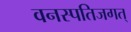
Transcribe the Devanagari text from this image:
वनस्पतिजगत्